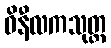
ဝိနီလကသုတ္တ